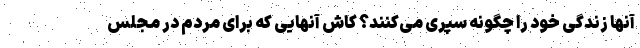
آنها زندگی خود را چگونه سپری می‌کنند؟ کاش آنهایی که برای مردم در مجلس